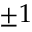
\pm 1